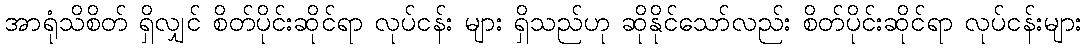
အာရုံသိစိတ် ရှိလျှင် စိတ်ပိုင်းဆိုင်ရာ လုပ်ငန်း များ ရှိသည်ဟု ဆိုနိုင်သော်လည်း စိတ်ပိုင်းဆိုင်ရာ လုပ်ငန်းများ